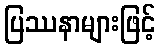
ပြဿနာများဖြင့်